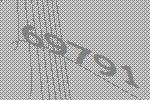
69791